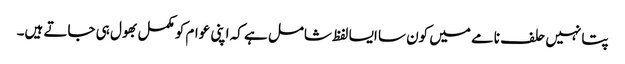
پتا نہیں حلف نامے میں کون سا ایسا لفظ شامل ہے کہ اپنی عوام کو مکمل بھول ہی جاتے ہیں۔